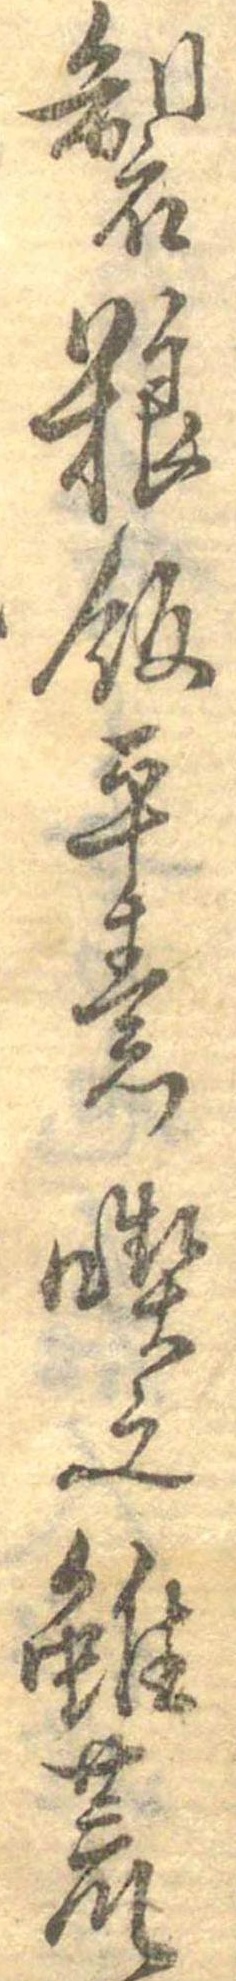
製糧飯平素喫之雖荒